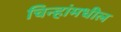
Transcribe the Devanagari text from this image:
चिन्हांमधील